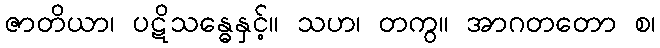
ဇာတိယာ၊ ပဋိသန္ဓေနှင့်။ သဟ၊ တကွ။ အာဂတတော စ၊